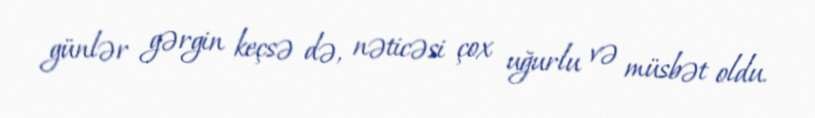
günlər gərgin keçsə də, nəticəsi çox uğurlu və müsbət oldu.